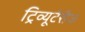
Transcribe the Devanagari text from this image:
ट्रिव्यूटेरीज